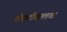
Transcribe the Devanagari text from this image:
शेपाटीखालचा